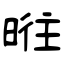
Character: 暀